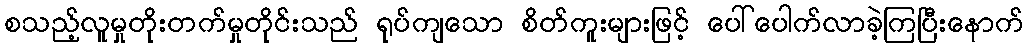
စသည့်လူမှုတိုးတက်မှုတိုင်းသည် ရုပ်ကျသော စိတ်ကူးများဖြင့် ပေါ်ပေါက်လာခဲ့ကြပြီးနောက်